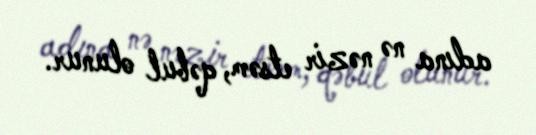
adına nə nəzir etsəm, qəbul olunur.